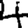
Digit: 4